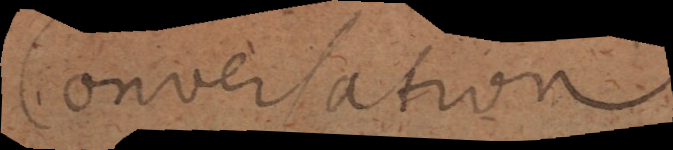
Conversation